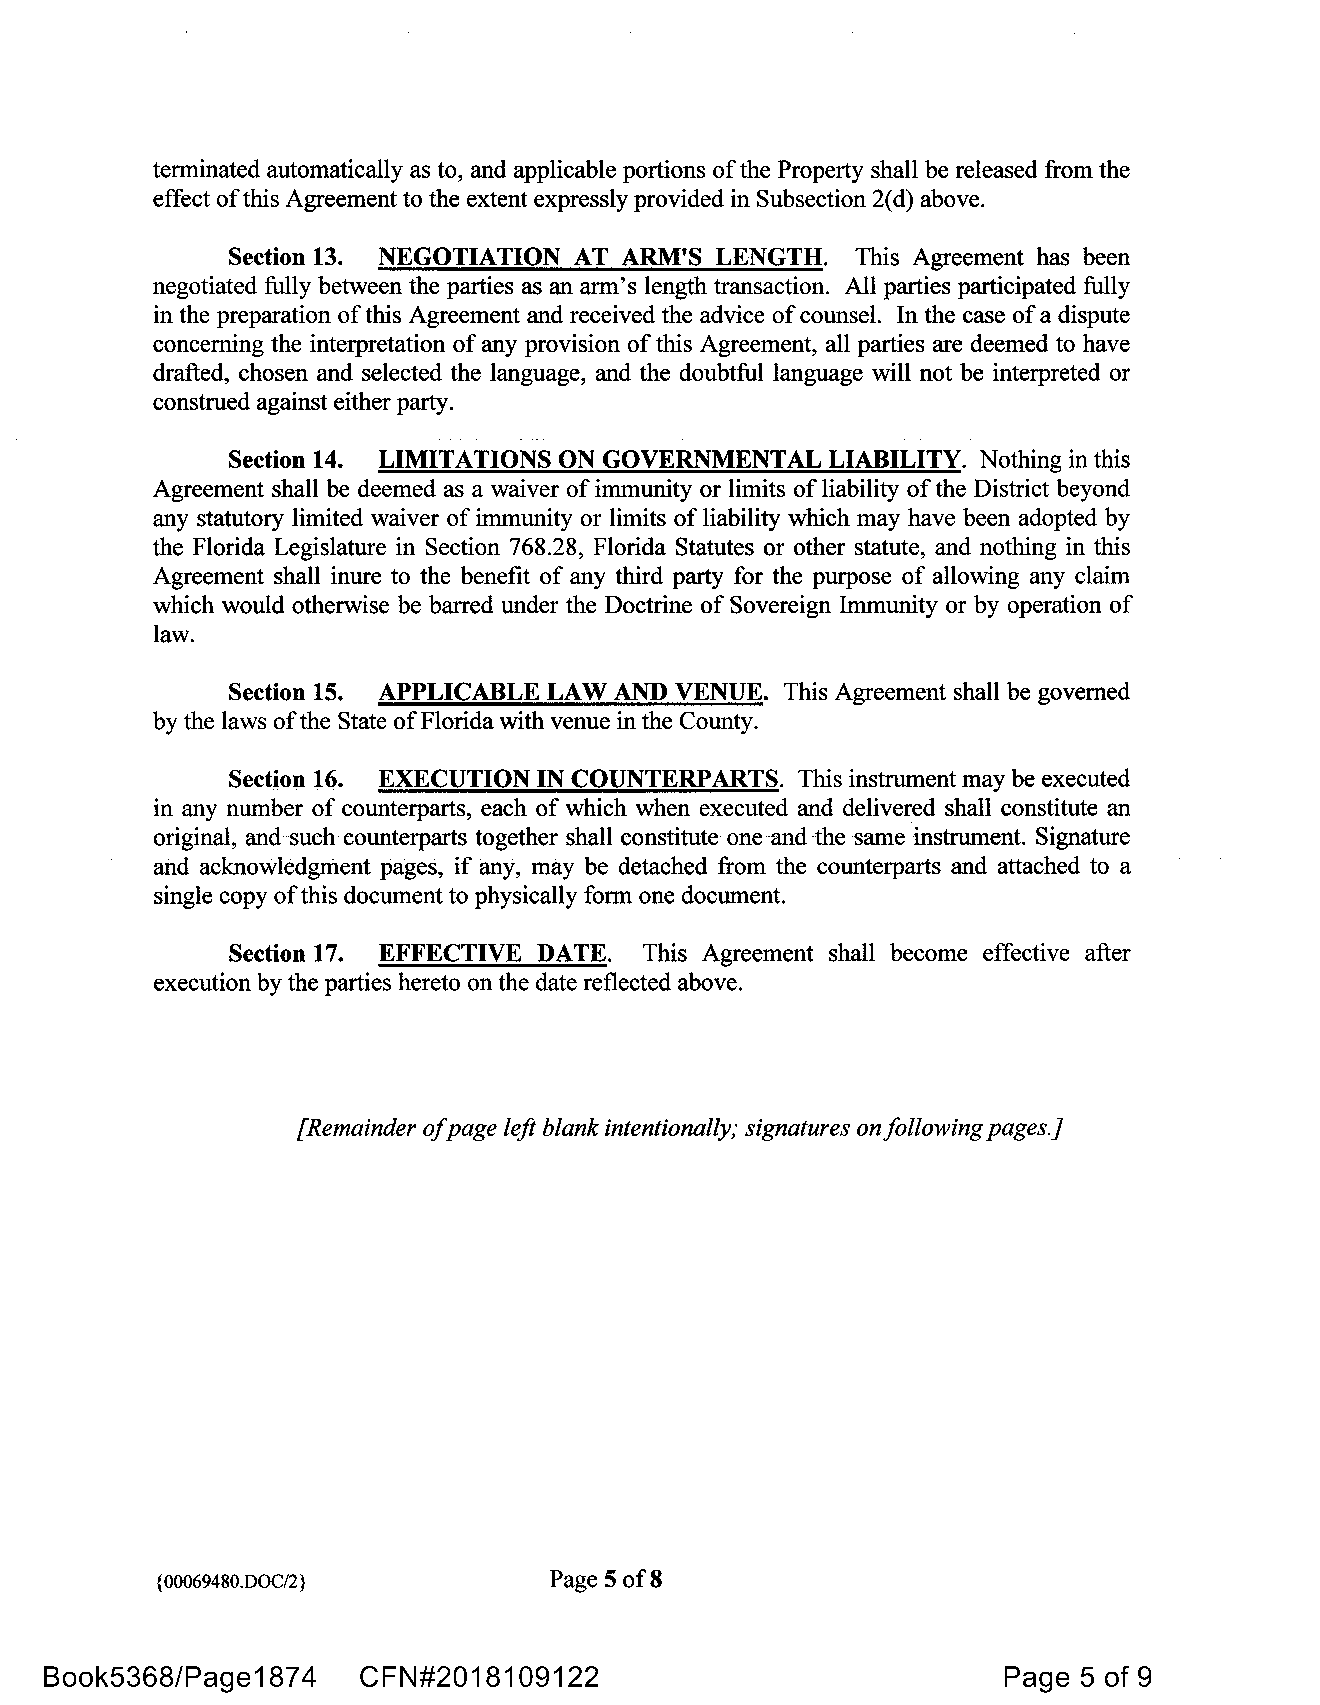
terminated automatically as to, and applicable portions of the Property shall be released from the
 effect ofthis Agreement to the extent expressly provided in Subsection 2( d) above.
 Section 13. NEGOTIATION AT ARM'S LENGTH.  This Agreement has been
 negotiated fully between the parties as an arm's length transaction. All parties participated fully
 in the preparation of this Agreement and received the advice of counsel. In the case of a dispute
 concerning the interpretation of any provision of this Agreement, all parties are deemed to have
 drafted, chosen and selected the language, and the doubtful language will not be interpreted or
 construed against either party.
 Section 14. LIMITATIONS ON GOVERNMENTAL LIABILITY. Nothing in this
 Agreement shall be deemed as a waiver of immunity or limits of liability of the District beyond
 any statutory limited waiver of immunity or limits of liability which may have been adopted by
 the Florida Legislature in Section 768.28, Florida Statutes or other statute, and nothing in this
 Agreement shall inure to the benefit of any third party for the purpose of allowing any claim
 which would otherwise be barred under the Doctrine of Sovereign Immunity or by operation of
 law.
 Section 15. APPLICABLE LAW AND VENUE. This Agreement shall be governed
 by the laws ofthe State of Florida with venue in the County.
 Section 16. EXECUTION IN COUNTERPARTS. This instrument may be executed
 in any number of counterparts, each of which when executed and delivered shall constitute an
 original, and such counterparts together shall constitute one and the same instrument. Signature
 and acknowledgment pages, if any, may be detached from the counterparts and attached to a
 single copy ofthis document to physically form one document.
 Section 17. EFFECTIVE DATE. This Agreement shall become effective after
 execution by the parties hereto on the date reflected above.
 [Remainder ofpage left blank intentionally; signatures on following pages.]
 {00069480.DOC/2}          Page 5 of8
 Book5368/Page1874    CFN#2018109122                            Page  5 of 9